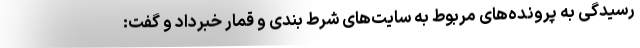
رسیدگی به پرونده‌های مربوط به سایت‌های شرط بندی و قمار خبرداد و گفت: